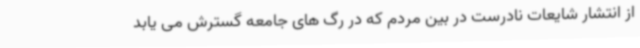
از انتشار شایعات نادرست در بین مردم که در رگ های جامعه گسترش می یابد